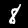
Label: 8